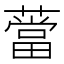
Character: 𦼲